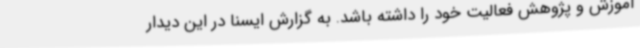
آموزش و پژوهش فعالیت خود را داشته باشد. به گزارش ایسنا در این دیدار